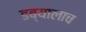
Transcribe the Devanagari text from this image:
डब्यालाच